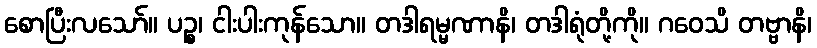
စောပြီးလသော်။ ပဉ္စ၊ ငါးပါးကုန်သော။ တဒါရမ္မဏာနိ၊ တဒါရုံတို့ကို။ ဂဝေသိ တဗ္ဗာနိ၊